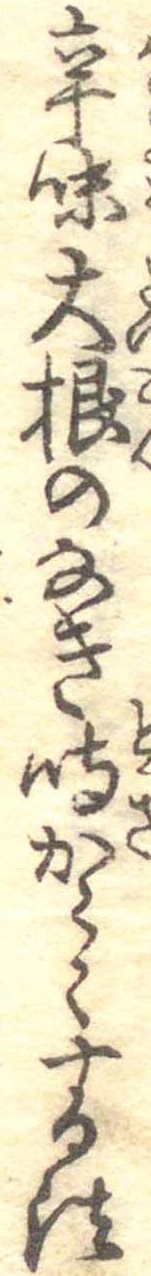
辛味大根のなき時からくする法